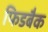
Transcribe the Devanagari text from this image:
फिडबैक